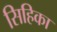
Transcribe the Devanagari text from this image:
सिहिका